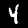
Digit: 4